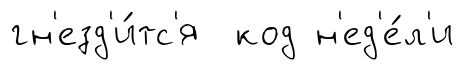
гн'езд'и́тс'я код н'ед'е́л'и